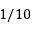
1 / 1 0